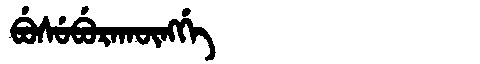
Manchu: ᠪᡠᠰᡠᠪᡠᡵᠠᡴᡡᠩᡤᡝ
Romanization: BUSUBURAKŪNGGE